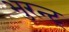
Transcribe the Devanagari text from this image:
भुरन्ट्